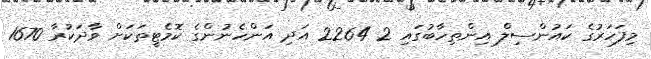
މިފަހަރުގެ ކައުންސިލް އިންތިހާބުގައި 2 2264 އަދި އަންހެނުންގެ ކޮމެޓީތަކަށް ވާދަކުރާ 1670